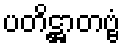
ပတိဋ္ဌာတဗ္ဗံ